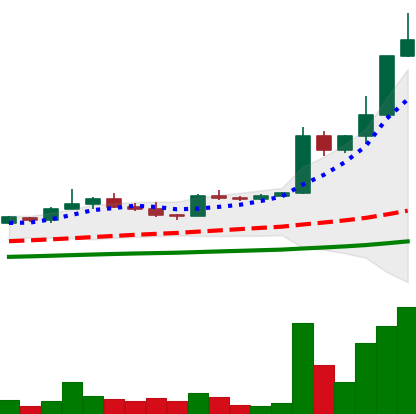
Ticker: TRX-USD
Chart end date: 2021-04-05
Forward return: -7.857%
Label: down_7plus